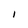
Character: I